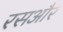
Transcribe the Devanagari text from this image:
रसऔर